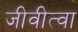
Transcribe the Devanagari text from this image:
जीवीत्वा